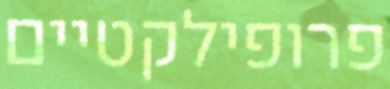
פרופילקטיים